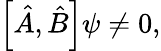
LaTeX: \left[{\hat{A}},{\hat{B}}\right]\psi\neq 0,